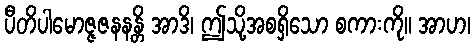
ပီတိပါမောဇ္ဇဇနနန္တိ အာဒိ၊ ဤသို့အစရှိသော စကားကို။ အာဟ၊